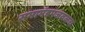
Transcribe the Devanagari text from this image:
सभामंडपजवळच